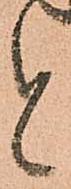
と